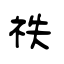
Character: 祑